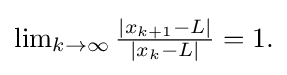
{\textstyle \lim _{k\to \infty }{\frac {|x_{k+1}-L|}{|x_{k}-L|}}=1.}